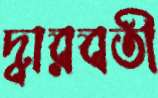
দ্বারবতী